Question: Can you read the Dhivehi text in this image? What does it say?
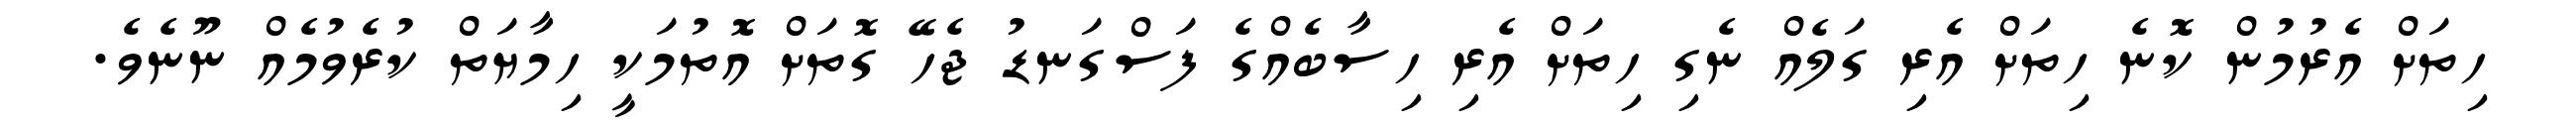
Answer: ހިތަށް އެރުމުން ކޮނެ ހިތަށް އެރި ގަލެއް ނެގި ހިތަށް އެރި ހިސާބެއްގެ ފަސްގަނޑު ޖެހޭ ގޮތަށް އޮތުމަކީ ހިމާޔަތް ކުރެވުމެއް ނޫނެވެ.